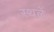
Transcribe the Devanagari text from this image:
स्थळें